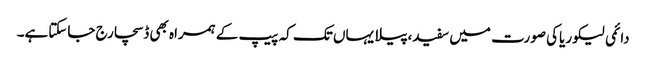
دائمی لیکوریاکی صورت میں سفید،پیلا یہاں تک کہ پیپ کے ہمراہ بھی ڈسچارج جاسکتاہے۔